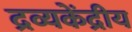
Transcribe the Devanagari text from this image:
द्रव्यकेंद्रीय